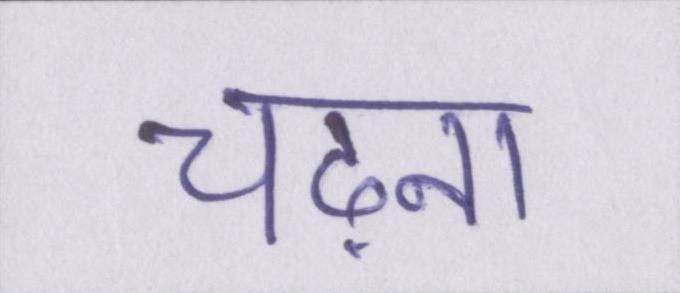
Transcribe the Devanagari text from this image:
चढ़ना